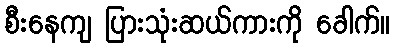
စီးနေကျ ပြားသုံးဆယ်ကားကို ခေါက်။